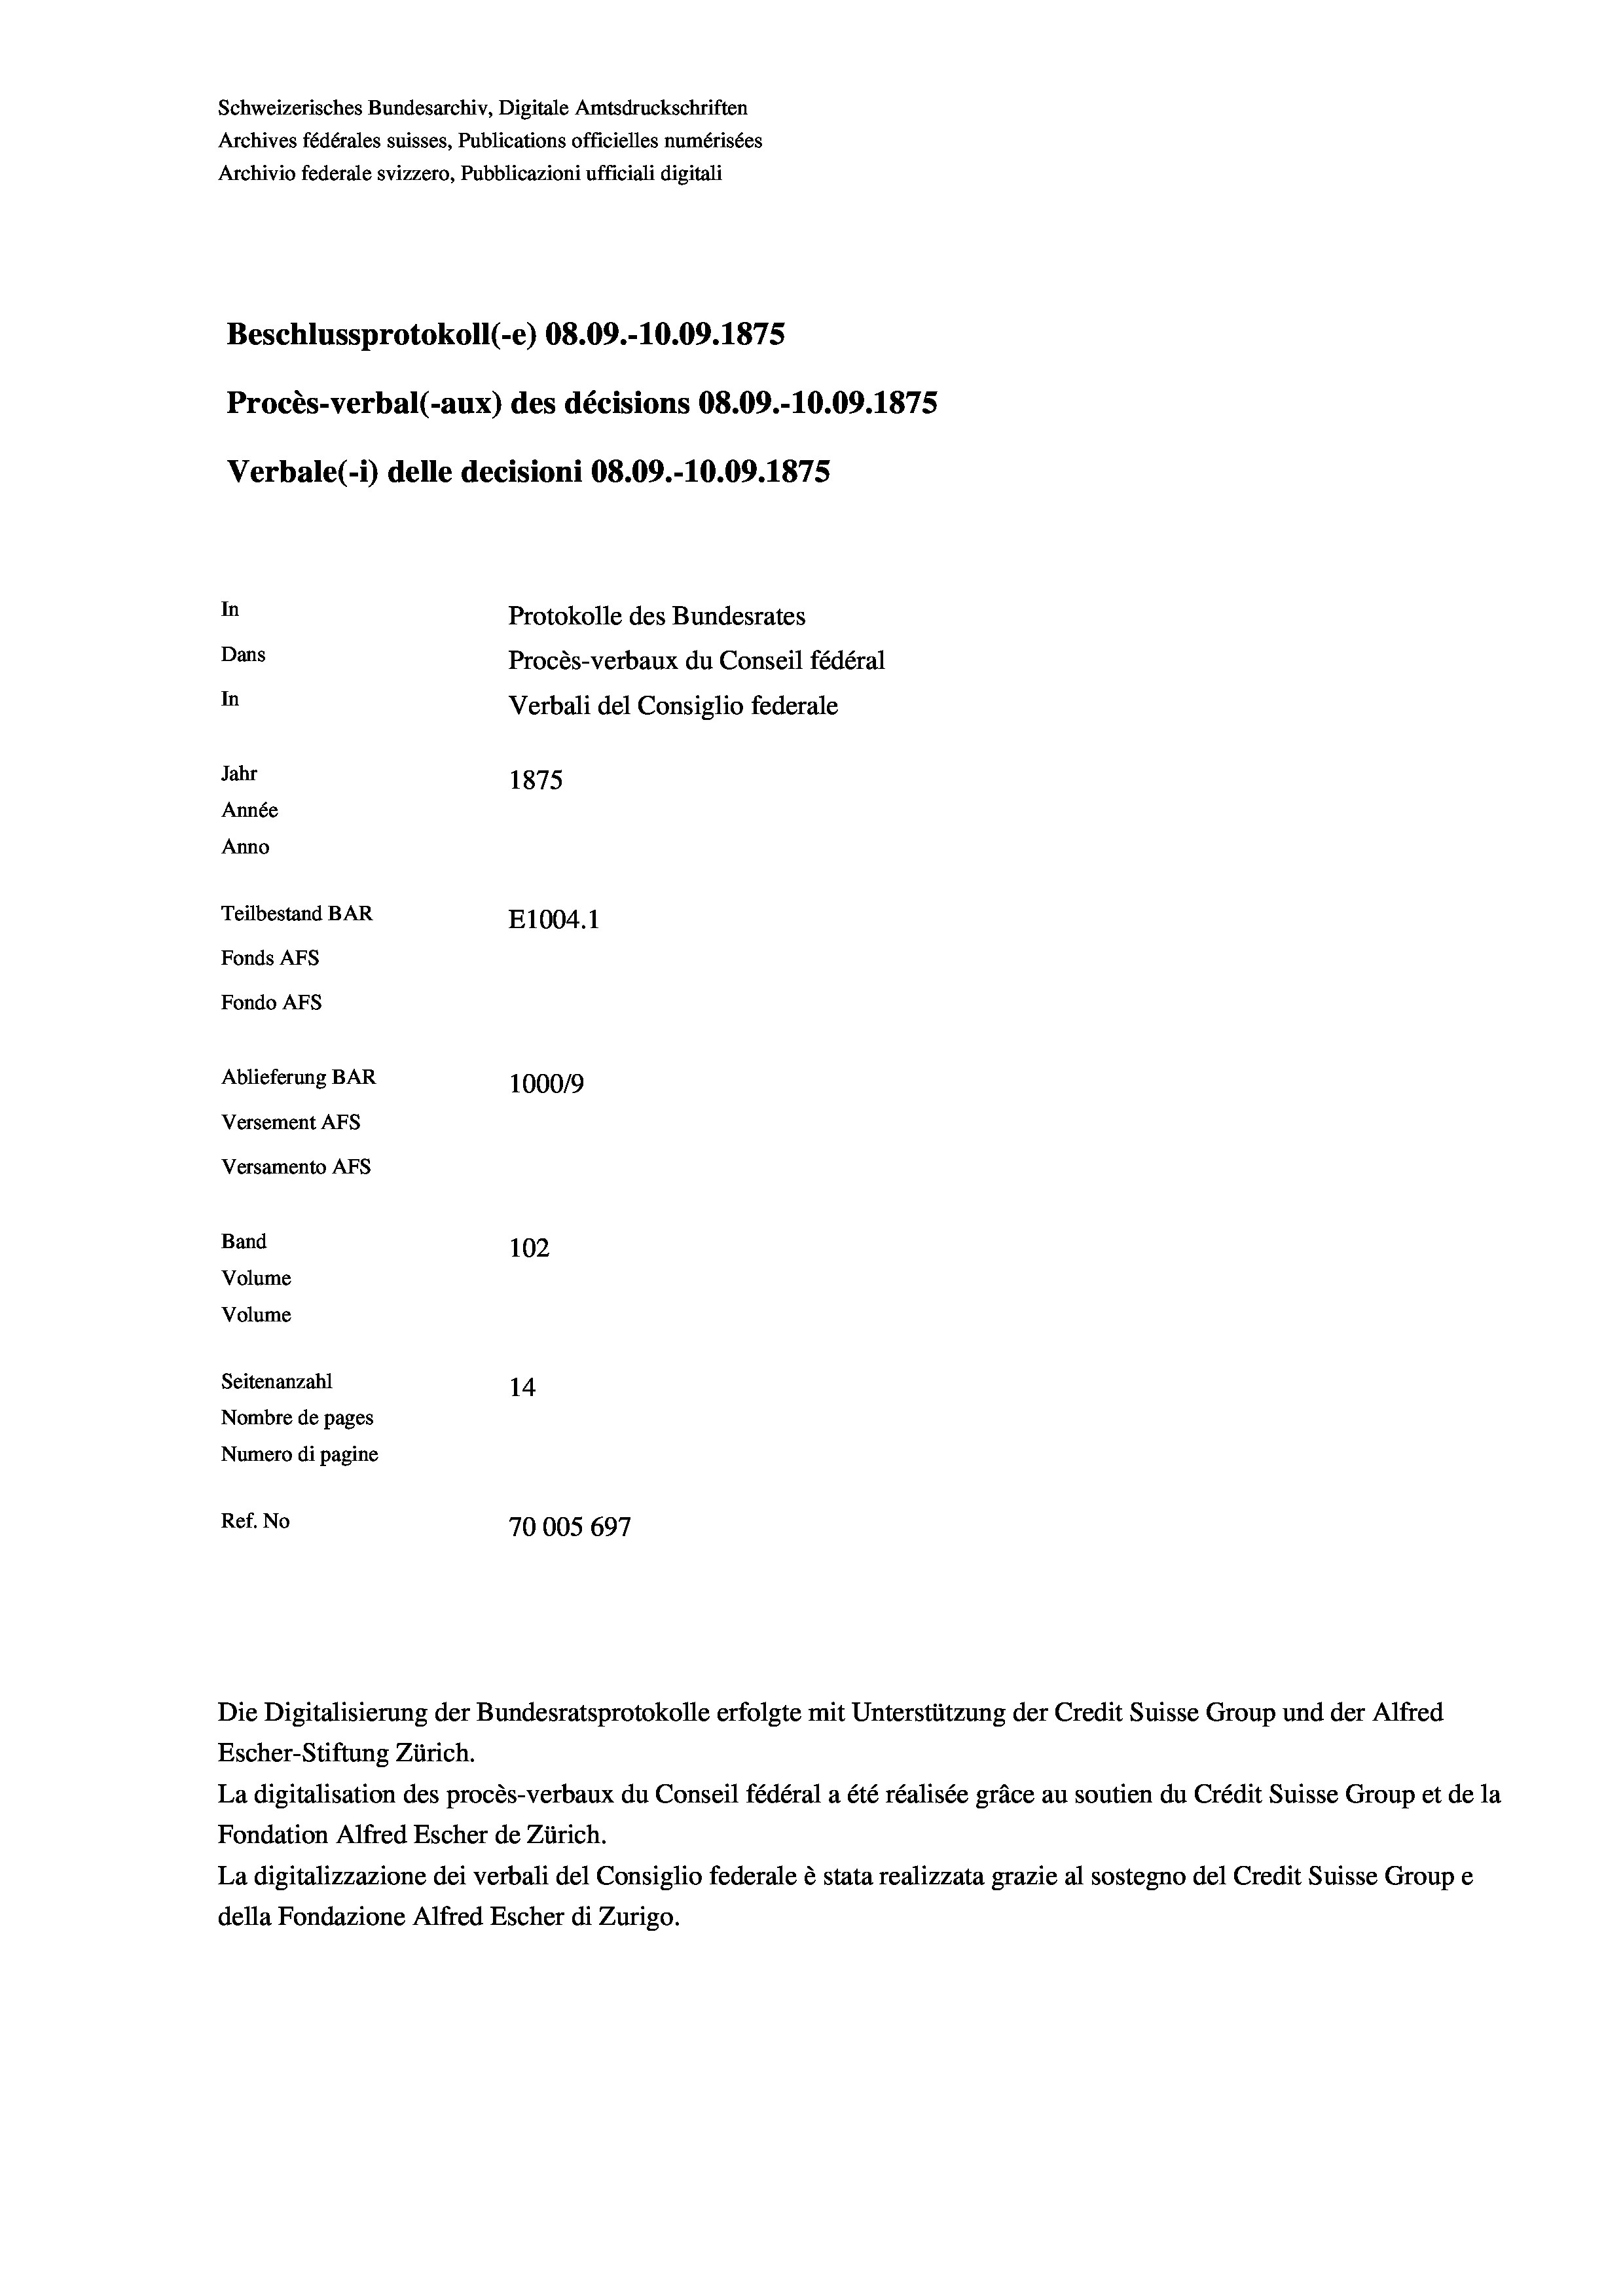
Schweizerisches Bundesarchiv, Digitale Amtsdruckschriften
Archives fédérales suisses, Publications officielles numérisées
Archivio federale svizzero, Pubblicazioni ufficiali digitali
Beschlussprotokoll (-e) 08.09.-10.09. 1875
Procès-verbal (-aux) des décisions 08.09.-10.09. 1875
Verbale (i) delle decisioni 08.09.-10.09. 1875
In
Protokolle des Bundesrates
Dans
Procès-verbaux du Conseil fédéral
In
Verbali del Consiglio federale
Jahr
1875
Année
Anno
Teilbestand BAR
E1004.1
Fonds AFs
Fondo AFS
Ablieferung BAR
100019
Versement AFs
Versamento Afs
Band
102
Volume
Volume

Seitenanzahl
14
Nombre de pages
Numero di pagine
Ref. No
70005 697

Die Digitalisierung der Bundesratsprotokolle erfolgte mit Unterstützung der Credit Suisse Group und der Alfred
Escher-Stiftung Zürich.
La digitalisation des procès-verbaux du Conseil fédéral a été réalisée gräce au soutien du Crédit Suisse Group et de la
Fondation Alfred Escher de Zürich.
La digitalizzazione dei verbali del Consiglio federale è stata realizzata grazie al sostegno del Credit Suisse Groupe
della Fondazione Alfred Escher di Zurigo.